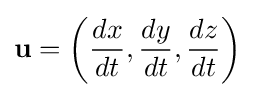
\mathbf {u} =\left({\frac {dx}{dt}},{\frac {dy}{dt}},{\frac {dz}{dt}}\right)